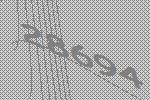
28694